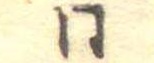
同